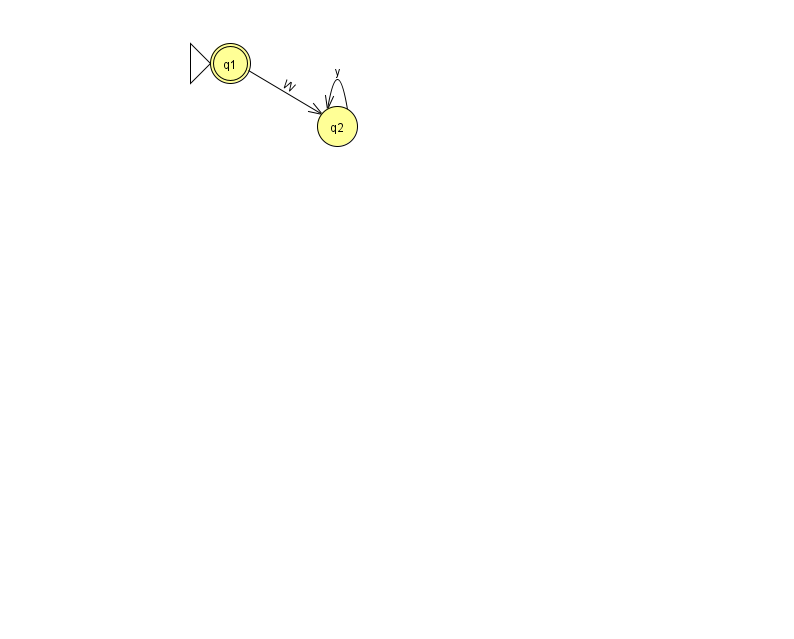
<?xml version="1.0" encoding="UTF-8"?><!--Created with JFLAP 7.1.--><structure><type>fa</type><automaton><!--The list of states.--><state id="1" name="q1"><x>230.0</x><y>50.0</y><initial/><final/></state><state id="2" name="q2"><x>337.0</x><y>113.0</y></state><!--The list of transitions.--><transition><from>1</from><to>2</to><read>W</read></transition><transition><from>2</from><to>2</to><read>y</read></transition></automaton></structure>